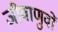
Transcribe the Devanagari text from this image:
जीवाणुवों